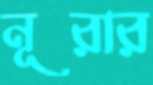
নূরার